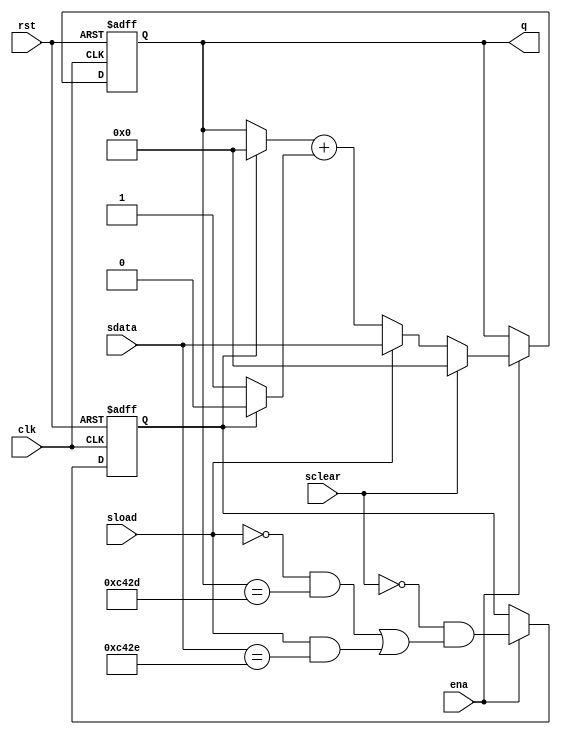
// Copyright 2007 Altera Corporation. All rights reserved.  
// Altera products are protected under numerous U.S. and foreign patents, 
// maskwork rights, copyrights and other intellectual property laws.  
//
// This reference design file, and your use thereof, is subject to and governed
// by the terms and conditions of the applicable Altera Reference Design 
// License Agreement (either as signed by you or found at www.altera.com).  By
// using this reference design file, you indicate your acceptance of such terms
// and conditions between you and Altera Corporation.  In the event that you do
// not agree with such terms and conditions, you may not use the reference 
// design file and please promptly destroy any copies you have made.
//
// This reference design file is being provided on an "as-is" basis and as an 
// accommodation and therefore all warranties, representations or guarantees of 
// any kind (whether express, implied or statutory) including, without 
// limitation, warranties of merchantability, non-infringement, or fitness for
// a particular purpose, are specifically disclaimed.  By making this reference
// design file available, Altera expressly does not recommend, suggest or 
// require that this reference design file be used in combination with any 
// other product not provided by Altera.
/////////////////////////////////////////////////////////////////////////////

// baeckler - 06-16-2006
//
// Counter with modulus lookahead for high speed
// (1 cell per bit)

module cntr_modulus_la (clk,ena,rst,sload,sdata,sclear,q);

parameter WIDTH = 16;
parameter MOD_VAL = 50223;

input clk,ena,rst,sload,sclear;
input [WIDTH-1:0] sdata;

output [WIDTH-1:0] q;
reg [WIDTH-1:0] q;

// This register will be 1 when the counter is 
// in the maximum value state.  Because of the 
// extra latency it needs to detect counting from
// one less than the maximum value, or sloading the
// max.
//
reg pre_maxed;
always @(posedge clk or posedge rst) begin
	if (rst) pre_maxed <= 1'b0;
	else if (ena) begin
		pre_maxed <= !sclear &&
					(!sload && (q == MOD_VAL-2) ||
					 sload && (sdata == MOD_VAL-1)) ;
	end
end

// Basic modulus counter.  The wrap signal is
// registered to improve fmax
//
always @(posedge clk or posedge rst) begin
	if (rst) q <= 0;
	else begin
		if (ena) begin
			if (sclear) q <= 0;
			else if (sload) q <= sdata;
			else q <= (pre_maxed ? 0 : q) + (pre_maxed ? 0 : 1'b1);
		end
	end
end

endmodule